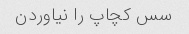
سس کچاپ را نیاوردن